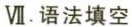
Ⅶ.语法填空